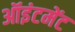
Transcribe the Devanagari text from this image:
ऑइंटमेंट